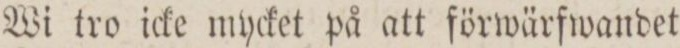
Wi tro icke mycket på att förwärfwandet